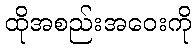
ထိုအစည်းအဝေးကို